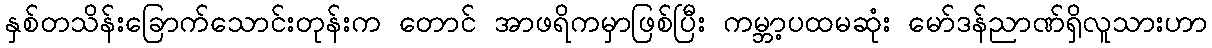
နှစ်တသိန်းခြောက်သောင်းတုန်းက တောင် အာဖရိကမှာဖြစ်ပြီး ကမ္ဘာ့ပထမဆုံး မော်ဒန်ညာဏ်ရှိလူသားဟာ